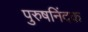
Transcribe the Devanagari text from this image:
पुरुषनिंदक